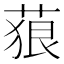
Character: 𦴭